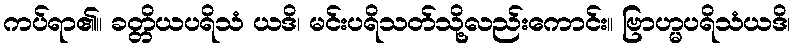
ကပ်ရာ၏။ ခတ္တိယပရိသံ ယဒိ၊ မင်းပရိသတ်သို့လည်းကောင်း။ ဗြာဟ္မပရိသံယဒိ၊